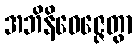
အဘိနိဝေဇ္ဇေတွာ